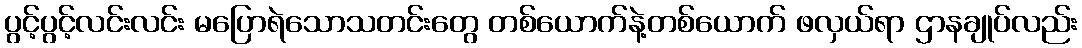
ပွင့်ပွင့်လင်းလင်း မပြောရဲသောသတင်းတွေ တစ်ယောက်နဲ့တစ်ယောက် ဖလှယ်ရာ ဌာနချုပ်လည်း